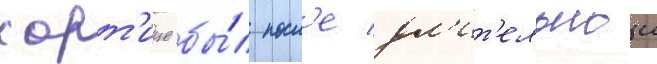
хорт'ице бы́л посл'е дл'ит'ельнои